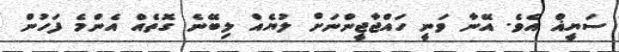
ސަޔީޣް އެވެ. އޭނާ ވަނީ ހައްޖާޖީންނަށް ލުޔެއް ލިބޭނެ ގޮތެއް އެންމެ ފަހުން